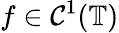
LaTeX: f\in\mathcal{C}^{1}(\mathbb{{T}})